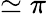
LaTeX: \simeq\pi